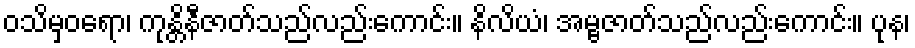
ဝသိမှဝရော၊ ကုန္တိနီဇာတ်သည်လည်းကောင်း။ နိလိယံ၊ အမ္ဗဇာတ်သည်လည်းကောင်း။ ပုန၊